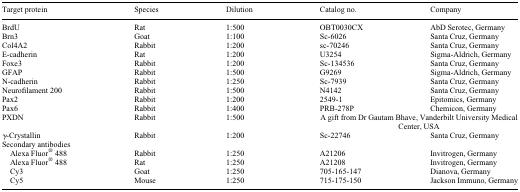
| Target protein | Species | Dilution | Catalog no. | Company |
 | --- | --- | --- | --- | --- |
 | BrdU | Rat | 1:500 | OBT0030CX | AbD Serotec, Germany |
 | Brn3 | Goat | 1:100 | Sc-6026 | Santa Cruz, Germany |
 | Col4A2 | Rabbit | 1:200 | sc-70246 | Santa Cruz, Germany |
 | E-cadherin | Rat | 1:200 | U3254 | Sigma-Aldrich, Germany |
 | Foxe3 | Rabbit | 1:200 | Sc-134536 | Santa Cruz, Germany |
 | GFAP | Rabbit | 1:500 | G9269 | Sigma-Aldrich, Germany |
 | N-cadherin | Rabbit | 1:250 | Sc-7939 | Santa Cruz, Germany |
 | Neurofilament 200 | Rabbit | 1:500 | N4142 | Santa Cruz, Germany |
 | Pax2 | Rabbit | 1:200 | 2549-1 | Epitomics, Germany |
 | Pax6 | Rabbit | 1:400 | PRB-278P | Chemicon, Germany |
 | PXDN | Rabbit | 1:500 | <COLSPAN=2> A gift from Dr Gautam Bhave, Vanderbilt University Medical Center, USA |
 | γ-Crystallin | Rabbit | 1:200 | Sc-22746 | Santa Cruz, Germany |
 | <COLSPAN=5> Secondary antibodies |
 | Alexa Fluor® 488 | Rabbit | 1:250 | A21206 | Invitrogen, Germany |
 | Alexa Fluor® 488 | Rat | 1:250 | A21208 | Invitrogen, Germany |
 | Cy3 | Goat | 1:250 | 705-165-147 | Dianova, Germany |
 | Cy5 | Mouse | 1:250 | 715-175-150 | Jackson Immuno, Germany |